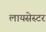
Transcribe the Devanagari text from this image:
लायसेस्टर